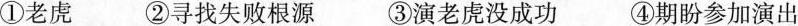
①老虎 ②寻找失败根源 ③演老虎没成功